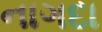
નાગદા